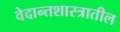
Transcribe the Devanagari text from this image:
वेदान्तशास्त्रातील